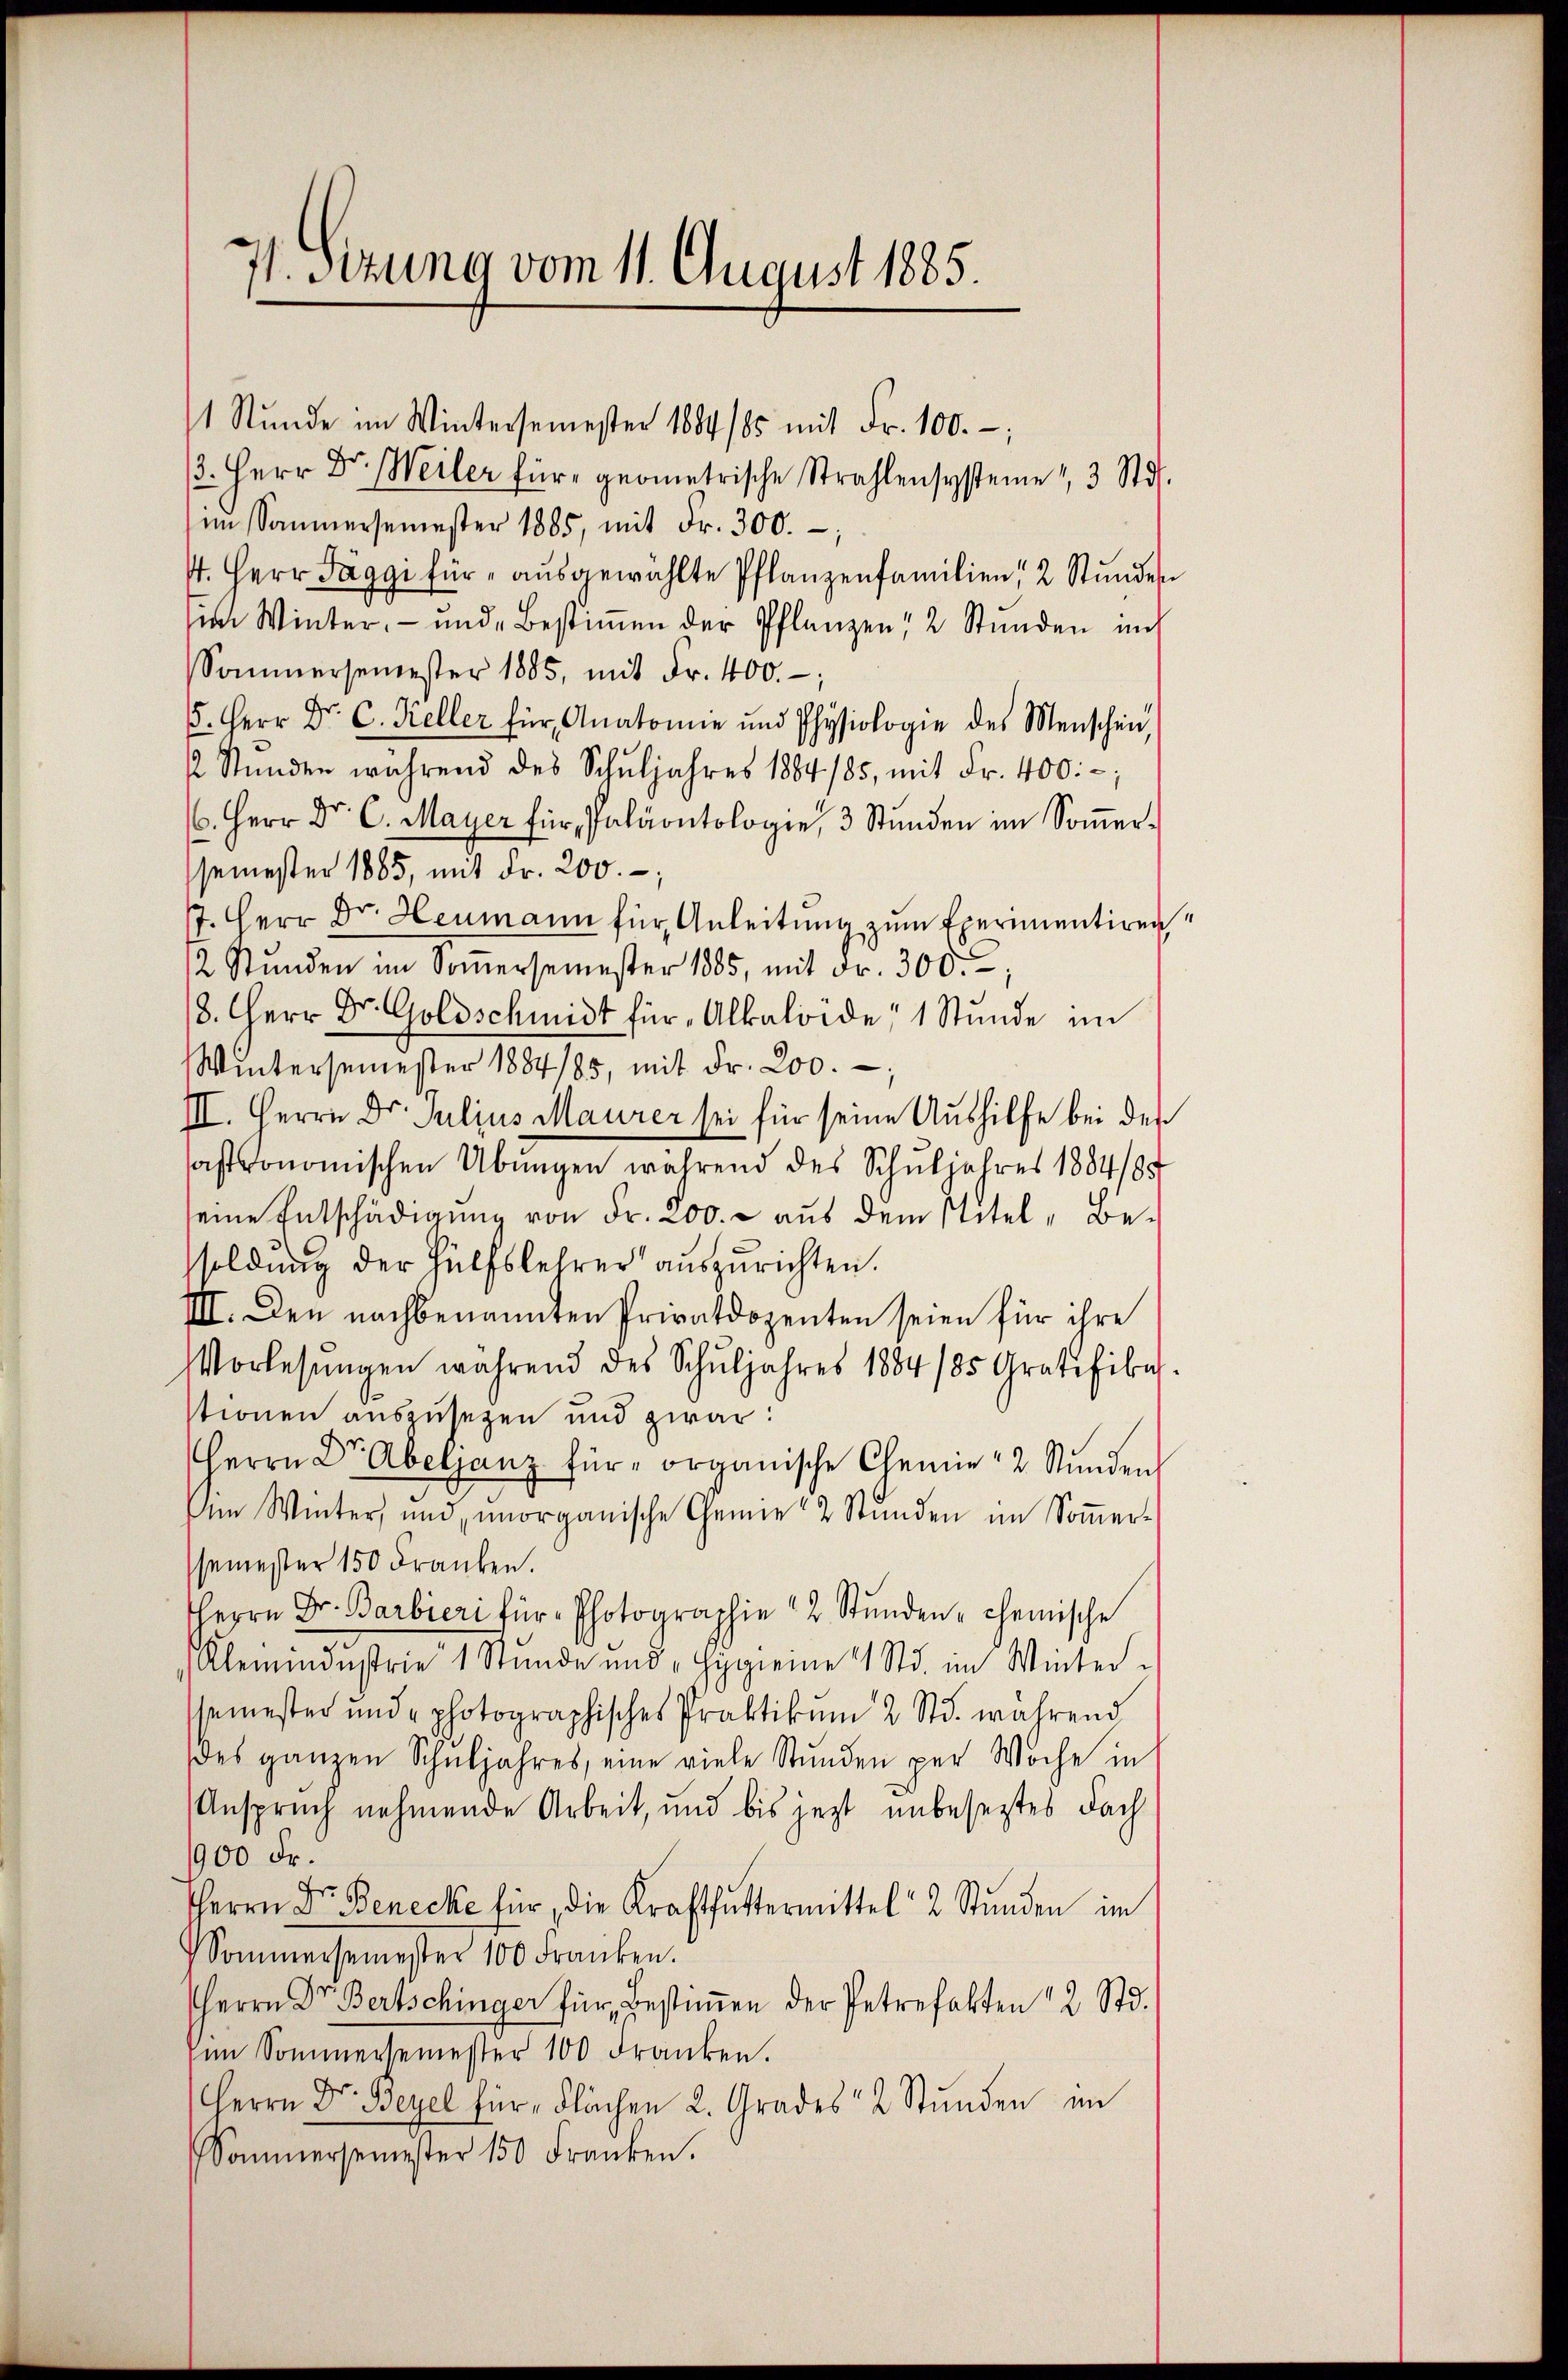
1 Stŭnde im Wintersemester 1884/85 mit Fr. 100.-,
. Herr Dr. Weiler für geometrische Strahlensysteme, 3 Std.
im Sammersemester 1885, mit Fr. 300.-,
4. Herr Jäggi für ausgewählte Pflanzenfamilien, 2 Stunden
sim Winter, - und Bestiṁen der Pflanzen 2 Stunden im
Sommersemester 1885, mit Fr. 400.-,
5. Herr Dr. C. Keller für Anatomie und Physiologie des Menschen,
12 Stunden während des Schŭljahres 1884/85, mit Fr. 400.-,
. Herr Dr. C. Mayer für Paläontologie, 3 Stŭnden im Soṁer-
semester 1885, mit Fr. 200. –
7. Herr Dr. Heumann für Anleitung zum Exermentiren¬
2 Stŭnden im Soṁersemester 1885, mit Fr. 300.;
/8. Herr Dr. Goldschmidt für „Alkaloide" 1 Stunde im
Wintersemester 1884/85, mit Fr. 200.
III. Herrn Dr. Julius Maurer sei für seine Aushilfe bei der
sastronomischen Übungen während des Schuljahres 1884/95
seine Entschädigung von Fr. 200. - aus dem Titel - Be-
soldung der Hülfslehrer auszurichten.
IIII. Den nachbenannten Privatdozenten seien für ihre
Vorlesungen während des Schŭljahres 1884/85 Gratifika
stionen auszusetzen und zwar:
Herrn Dr. Abeljanz für organische Chemie 2 Stŭnden
Am Winter, und unorganische Chemie 2 Stŭnden im Soṁer-
semester 150 Franken.
Herrn Dr. Barbieri für Photographie 2 Stŭnden- chemische
Klemendustrie 1 Stunde und Hygieme 1 Std. im Winter-
ssemester und photographisches Praktikum 2 Std. während
des ganzen Schŭljahres, eine viele Stŭnden per Woche in
Anspruch nehmende Arbeit, und bis jezt unbeseztes Fach
900 Fr.
Herrn Dr. Benecke für die Kraftfuttermittel 2 Stŭnden im
Sommersemester 100 Franken.
Herrn Dr. Bertschinger für Bestiṁen der Petrefakten 2 Std.
him Sommersemester 100 Franken.
Herrn Dr. Bezel für Flächen 2. Grades 2 Stŭnden im
Sommersemester 150 Franken.

71 sizung vom 11. August 1885.